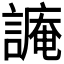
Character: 𧫥